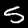
Digit: 5